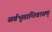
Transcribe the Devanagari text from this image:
सर्वभूताधिवासम्